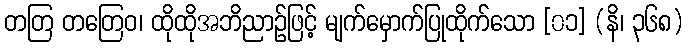
တတြ တတြေဝ၊ ထိုထိုအဘိညာဉ်ဖြင့် မျက်မှောက်ပြုထိုက်သော [၀၁] (နိ၊ ၃၆၈)